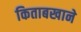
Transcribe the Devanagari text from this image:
किताबखाने